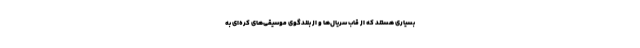
بسیاری هستند که از قاب سریال‌ها و از بلندگوی موسیقی‌های کره‌ای به